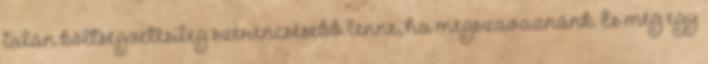
talán költségvetésileg szerencsésebb lenne, ha megszavaznánk. És még egy